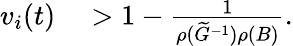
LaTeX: \begin{array}{rl}{v_{i}(t)}&{{}>1-\frac{1}{\rho(\widetilde G^{-1})\rho(B)}.}\end{array}